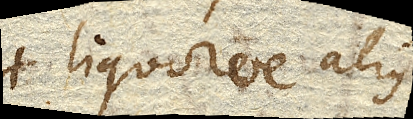
liquorve alius